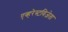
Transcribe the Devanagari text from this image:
एव्हरेस्टविजेता